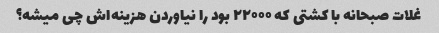
غلات صبحانه با کشتی که ۲۲۰۰۰ بود را نیاوردن هزینه‌اش چی میشه؟